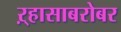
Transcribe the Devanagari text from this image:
ऱ्हासाबरोबर